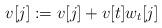
LaTeX: \begin{align*} v[j] \mathrel{:=} v[j] + v[t] w_{t}[j] \end{align*}